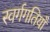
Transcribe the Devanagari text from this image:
स्वर्गगतियाँ